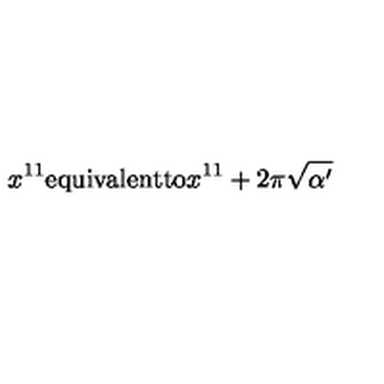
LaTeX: x ^ { 1 1 } \mathrm { e q u i v a l e n t t o } x ^ { 1 1 } + 2 \pi \sqrt { \alpha ^ { \prime } }